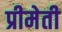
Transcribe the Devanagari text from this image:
प्रीमेती